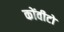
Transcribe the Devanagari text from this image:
कोंवीटो